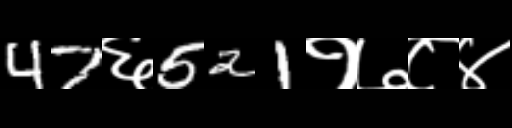
Text: 47६521१७८४